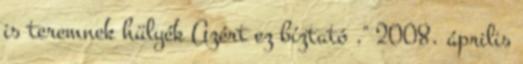
is teremnek hülyék Azért ez bíztató ." 2008. április